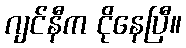
ဂျင်နီက ငိုနေပြီ။